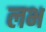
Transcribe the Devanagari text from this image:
लभ